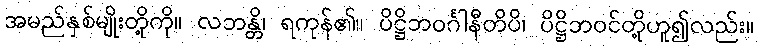
အမည်နှစ်မျိုးတို့ကို။ လဘန္တိ၊ ရကုန်၏။ ပိဋ္ဌိဘဝင်္ဂါနီတိပိ၊ ပိဋ္ဌိဘဝင်တို့ဟူ၍လည်း။